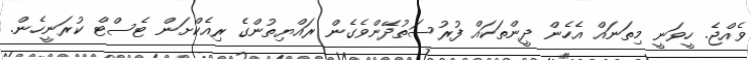
ވެއްޖެ. ހީވަނީ މިތަނައް އެހެން ދީންތަކައް ފުރުސަތުދޭންވެގެން ރައްޔިތުންގެ ރިއެކްށަން ޓެސްޓް ކުރަނީހެން.